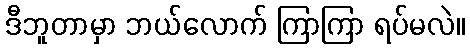
ဒီဘူတာမှာ ဘယ်လောက် ကြာကြာ ရပ်မလဲ။